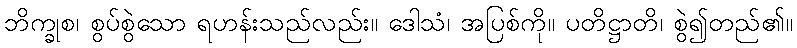
ဘိက္ခုစ၊ စွပ်စွဲသော ရဟန်းသည်လည်း။ ဒေါသံ၊ အပြစ်ကို။ ပတိဋ္ဌာတိ၊ စွဲ၍တည်၏။